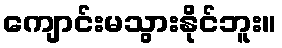
ကျောင်းမသွားနိုင်ဘူး။